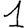
Digit: 1